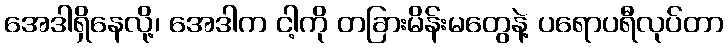
အေဒါရှိနေလို့၊ အေဒါက ငါ့ကို တခြားမိန်းမတွေနဲ့ ပရောပရီလုပ်တာ